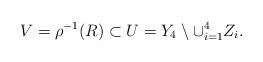
LaTeX: \begin{align*}V=\rho^{-1}(R)\subset U=Y_4\setminus\cup_{i=1}^4 Z_i.\end{align*}